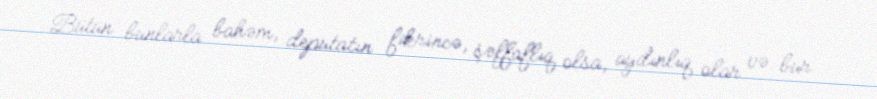
Bütün bunlarla bahəm, deputatın fikrincə, şəffaflıq olsa, aydınlıq olar və bur